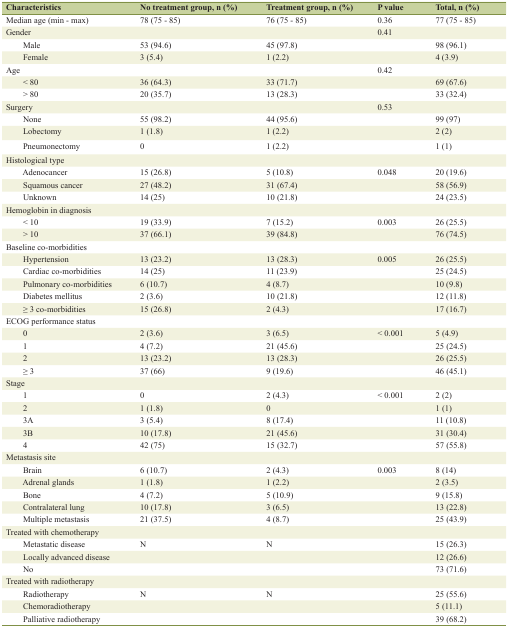
<table><thead><tr><td><b>Characteristics</b></td><td><b>No treatment group, n (%)</b></td><td><b>Treatment group, n (%)</b></td><td><b>P value</b></td><td><b>Total, n (%)</b></td></tr></thead><tbody><tr><td>Median age (min - max)</td><td>78 (75 - 85)</td><td>76 (75 - 85)</td><td>0.36</td><td>77 (75 - 85)</td></tr><tr><td>Gender</td><td></td><td></td><td>0.41</td><td></td></tr><tr><td>Male</td><td>53 (94.6)</td><td>45 (97.8)</td><td></td><td>98 (96.1)</td></tr><tr><td>Female</td><td>3 (5.4)</td><td>1 (2.2)</td><td></td><td>4 (3.9)</td></tr><tr><td>Age</td><td></td><td></td><td>0.42</td><td></td></tr><tr><td>&lt; 80</td><td>36 (64.3)</td><td>33 (71.7)</td><td></td><td>69 (67.6)</td></tr><tr><td>&gt; 80</td><td>20 (35.7)</td><td>13 (28.3)</td><td></td><td>33 (32.4)</td></tr><tr><td>Surgery</td><td></td><td></td><td>0.53</td><td></td></tr><tr><td>None</td><td>55 (98.2)</td><td>44 (95.6)</td><td></td><td>99 (97)</td></tr><tr><td>Lobectomy</td><td>1 (1.8)</td><td>1 (2.2)</td><td></td><td>2 (2)</td></tr><tr><td>Pneumonectomy</td><td>0</td><td>1 (2.2)</td><td></td><td>1 (1)</td></tr><tr><td>Histological type</td><td></td><td></td><td></td><td></td></tr><tr><td>Adenocancer</td><td>15 (26.8)</td><td>5 (10.8)</td><td>0.048</td><td>20 (19.6)</td></tr><tr><td>Squamous cancer</td><td>27 (48.2)</td><td>31 (67.4)</td><td></td><td>58 (56.9)</td></tr><tr><td>Unknown</td><td>14 (25)</td><td>10 (21.8)</td><td></td><td>24 (23.5)</td></tr><tr><td>Hemoglobin in diagnosis</td><td></td><td></td><td></td><td></td></tr><tr><td>&lt; 10</td><td>19 (33.9)</td><td>7 (15.2)</td><td>0.003</td><td>26 (25.5)</td></tr><tr><td>&gt; 10</td><td>37 (66.1)</td><td>39 (84.8)</td><td></td><td>76 (74.5)</td></tr><tr><td>Baseline co-morbidities</td><td></td><td></td><td></td><td></td></tr><tr><td>Hypertension</td><td>13 (23.2)</td><td>13 (28.3)</td><td>0.005</td><td>26 (25.5)</td></tr><tr><td>Cardiac co-morbidities</td><td>14 (25)</td><td>11 (23.9)</td><td></td><td>25 (24.5)</td></tr><tr><td>Pulmonary co-morbidities</td><td>6 (10.7)</td><td>4 (8.7)</td><td></td><td>10 (9.8)</td></tr><tr><td>Diabetes mellitus</td><td>2 (3.6)</td><td>10 (21.8)</td><td></td><td>12 (11.8)</td></tr><tr><td>≥ 3 co-morbidities</td><td>15 (26.8)</td><td>2 (4.3)</td><td></td><td>17 (16.7)</td></tr><tr><td>ECOG performance status</td><td></td><td></td><td></td><td></td></tr><tr><td>0</td><td>2 (3.6)</td><td>3 (6.5)</td><td>&lt; 0.001</td><td>5 (4.9)</td></tr><tr><td>1</td><td>4 (7.2)</td><td>21 (45.6)</td><td></td><td>25 (24.5)</td></tr><tr><td>2</td><td>13 (23.2)</td><td>13 (28.3)</td><td></td><td>26 (25.5)</td></tr><tr><td>≥ 3</td><td>37 (66)</td><td>9 (19.6)</td><td></td><td>46 (45.1)</td></tr><tr><td>Stage</td><td></td><td></td><td></td><td></td></tr><tr><td>1</td><td>0</td><td>2 (4.3)</td><td>&lt; 0.001</td><td>2 (2)</td></tr><tr><td>2</td><td>1 (1.8)</td><td>0</td><td></td><td>1 (1)</td></tr><tr><td>3A</td><td>3 (5.4)</td><td>8 (17.4)</td><td></td><td>11 (10.8)</td></tr><tr><td>3B</td><td>10 (17.8)</td><td>21 (45.6)</td><td></td><td>31 (30.4)</td></tr><tr><td>4</td><td>42 (75)</td><td>15 (32.7)</td><td></td><td>57 (55.8)</td></tr><tr><td>Metastasis site</td><td></td><td></td><td></td><td></td></tr><tr><td>Brain</td><td>6 (10.7)</td><td>2 (4.3)</td><td>0.003</td><td>8 (14)</td></tr><tr><td>Adrenal glands</td><td>1 (1.8)</td><td>1 (2.2)</td><td></td><td>2 (3.5)</td></tr><tr><td>Bone</td><td>4 (7.2)</td><td>5 (10.9)</td><td></td><td>9 (15.8)</td></tr><tr><td>Contralateral lung</td><td>10 (17.8)</td><td>3 (6.5)</td><td></td><td>13 (22.8)</td></tr><tr><td>Multiple metastasis</td><td>21 (37.5)</td><td>4 (8.7)</td><td></td><td>25 (43.9)</td></tr><tr><td>Treated with chemotherapy</td><td></td><td></td><td></td><td></td></tr><tr><td>Metastatic disease</td><td>N</td><td>N</td><td></td><td>15 (26.3)</td></tr><tr><td>Locally advanced disease</td><td></td><td></td><td></td><td>12 (26.6)</td></tr><tr><td>No</td><td></td><td></td><td></td><td>73 (71.6)</td></tr><tr><td>Treated with radiotherapy</td><td></td><td></td><td></td><td></td></tr><tr><td>Radiotherapy</td><td>N</td><td>N</td><td></td><td>25 (55.6)</td></tr><tr><td>Chemoradiotherapy</td><td></td><td></td><td></td><td>5 (11.1)</td></tr><tr><td>Palliative radiotherapy</td><td></td><td></td><td></td><td>39 (68.2)</td></tr></tbody></table>